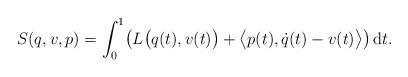
LaTeX: \begin{gather*} S (q, v, p) = \int _0 ^1 \bigl( L \bigl( q (t) , v (t) \bigr) + \bigl\langle p (t) , \dot{q} (t) - v (t) \bigr\rangle \bigr) \,\mathrm{d}t . \end{gather*}